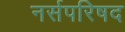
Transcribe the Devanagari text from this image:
नर्सपरिषद